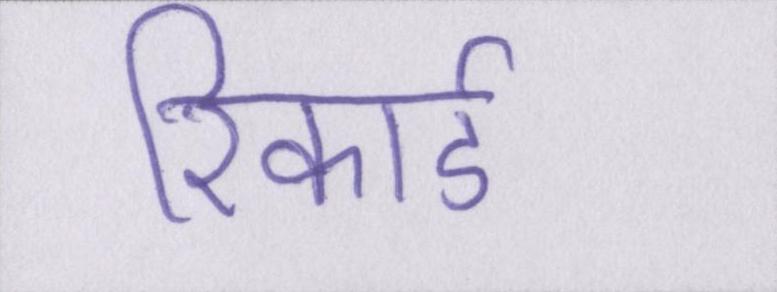
रिकार्ड